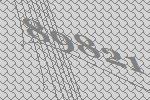
89821